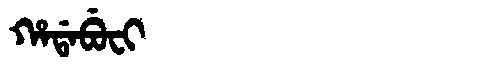
Manchu: ᡥᠠᡩᠠᠪᡠᠸᡳ
Romanization: HADABUFI